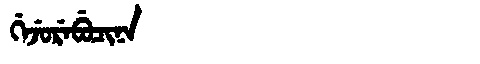
Manchu: ᡤᡝᠵᡠᡵᡝᠪᡠᠴᡳᠨᠠ
Romanization: GEJUREBUCINA